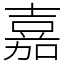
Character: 嘉